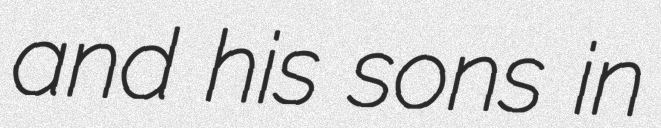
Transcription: and his sons in